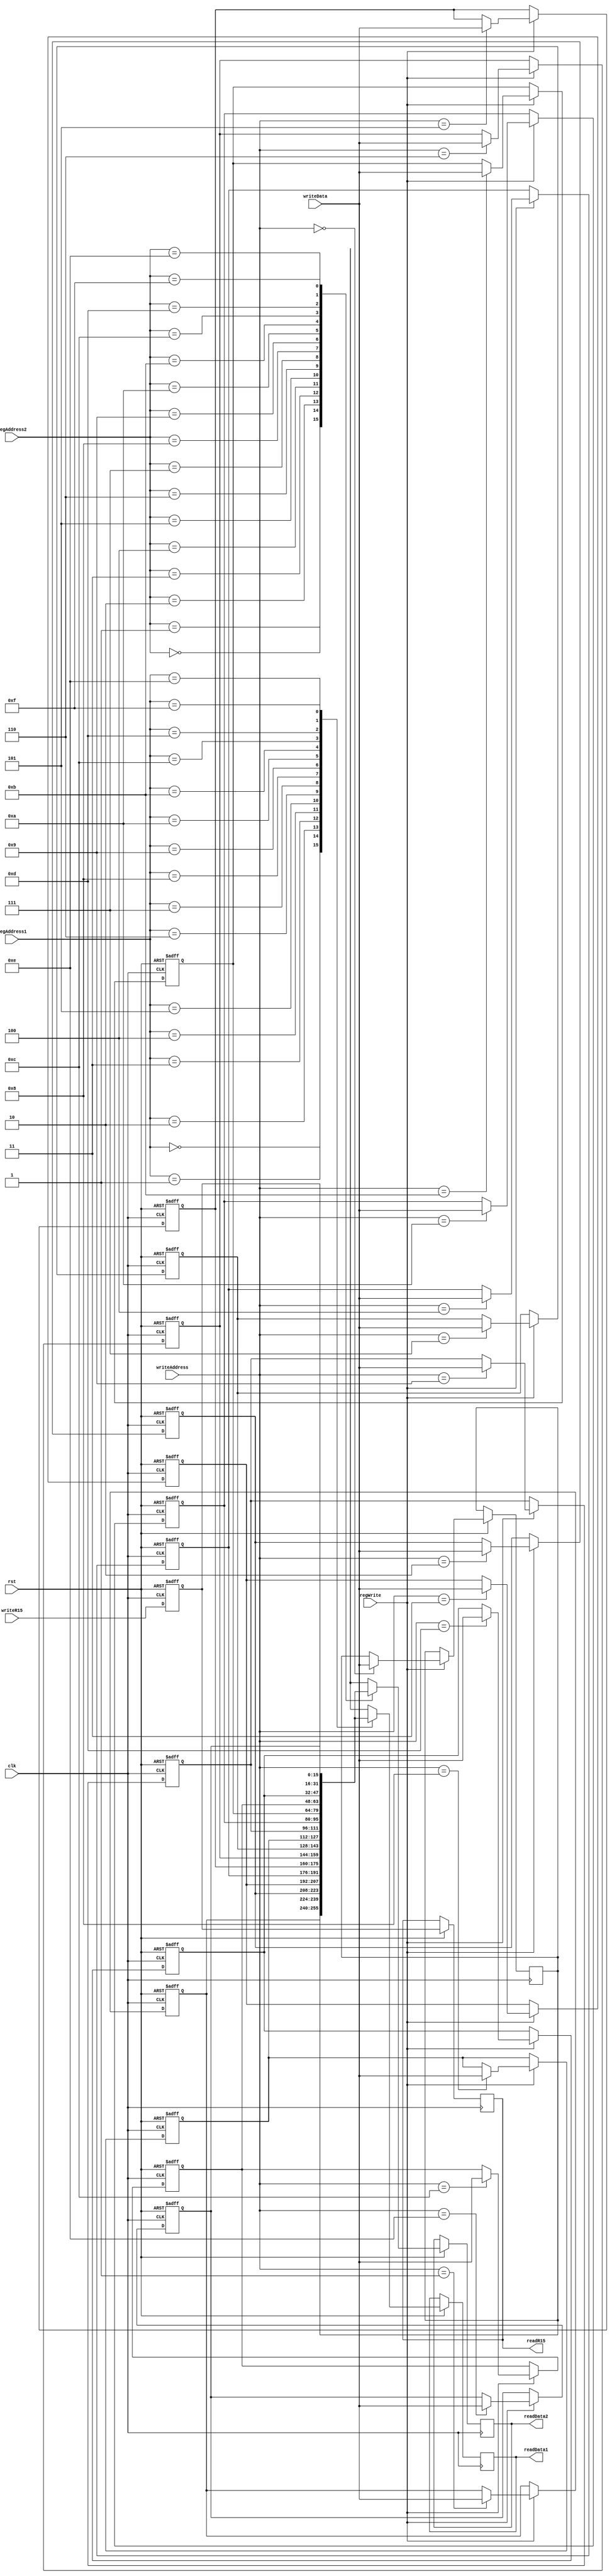
module registers (input [3:0] regAddress1, regAddress2, writeAddress, input [15:0] writeData, writeR15,
		  input clk, rst, regWrite, output reg [15:0] readData1, readData2, readR15);

	reg [15:0] mem [15:1];

	always @ (posedge clk, negedge rst) begin
		if (!rst) begin
			
			mem[1] <= 16'h7B18; //R1
			mem[2] <= 16'h245B; //R2
			mem[3] <= 16'hFF0F; //R3
			mem[4] <= 16'hF0FF; //R4
			mem[5] <= 16'h0051; //R5
			mem[6] <= 16'h6666; //R6
			mem[7] <= 16'h00FF; //R7
			mem[8] <= 16'hFF88; //R8
			mem[9] <= 16'h0000; //R9
			mem[10] <= 16'h0000; //R10
			mem[11] <= 16'h3099; //R11
			mem[12] <= 16'hCCCC; //R12
			mem[13] <= 16'h0002; //R13
			mem[14] <= 16'h0011; //R14
			mem[15] <= 16'h0000; //R15
		end
		else begin
		
			readData1 <= mem[regAddress1];
			readData2 <= mem[regAddress2];
			readR15 <= mem[15];

			if (regWrite)
				mem[writeAddress] <= writeData;
				mem[15] <= writeR15;
			end		
		end
endmodule